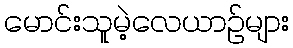
မောင်းသူမဲ့လေယာဉ်များ